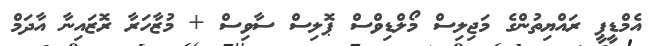
އެމްޑީޕީ ރައްޔިތުންގެ މަޖިލިސް މޯލްޑިވްސް ޕޮލިސް ސާވިސް + މުޒާހަރާ ރޮޒައިނާ އާދަމް